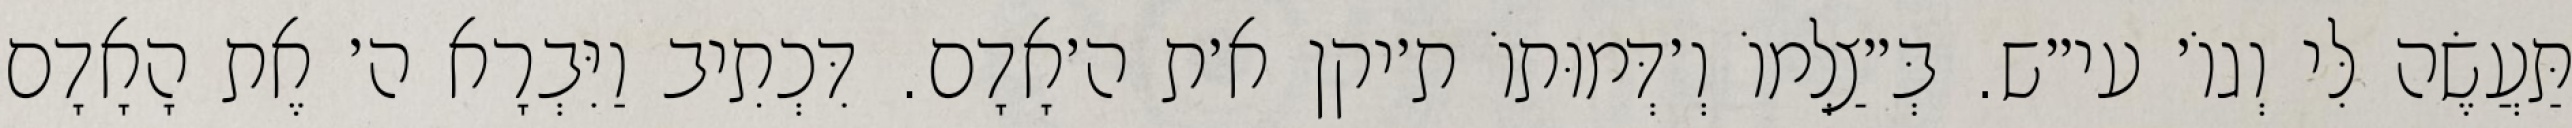
תַּעֲשֶׂה לִּי וְגוֹ׳ עי״ש. בְּ״צַלְמוֹ וְ׳דְּמוּתוֹ ת׳יקן א׳ת ה׳אָדָם. דִּכְתִיב וַיִּבְרָא ה׳ אֶת הָאָדָם